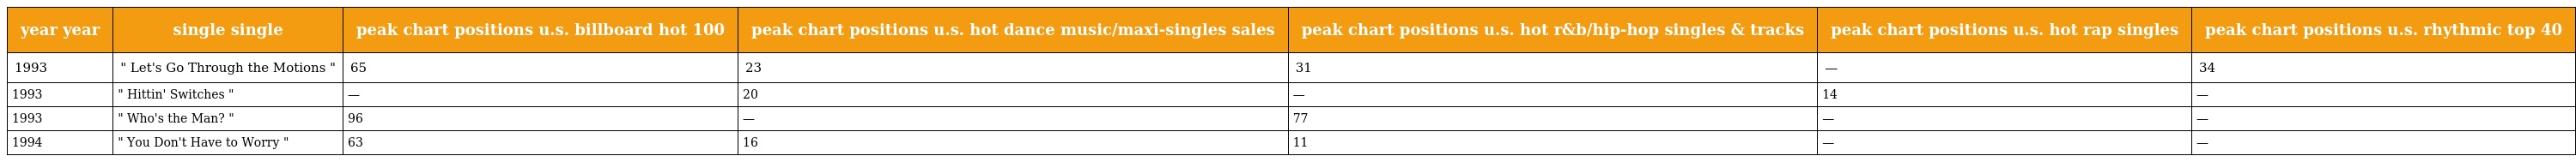
| year year | single single | peak chart positions u.s. billboard hot 100 | peak chart positions u.s. hot dance music/maxi-singles sales | peak chart positions u.s. hot r&b/hip-hop singles & tracks | peak chart positions u.s. hot rap singles | peak chart positions u.s. rhythmic top 40 |
 | --- | --- | --- | --- | --- | --- | --- |
 | 1993 | " Let's Go Through the Motions " | 65 | 23 | 31 | — | 34 |
 | 1993 | " Hittin' Switches " | — | 20 | — | 14 | — |
 | 1993 | " Who's the Man? " | 96 | — | 77 | — | — |
 | 1994 | " You Don't Have to Worry " | 63 | 16 | 11 | — | — |